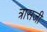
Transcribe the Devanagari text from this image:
त्रासजी